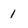
Character: 1